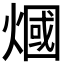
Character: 𤎍